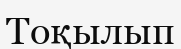
Тоқылып